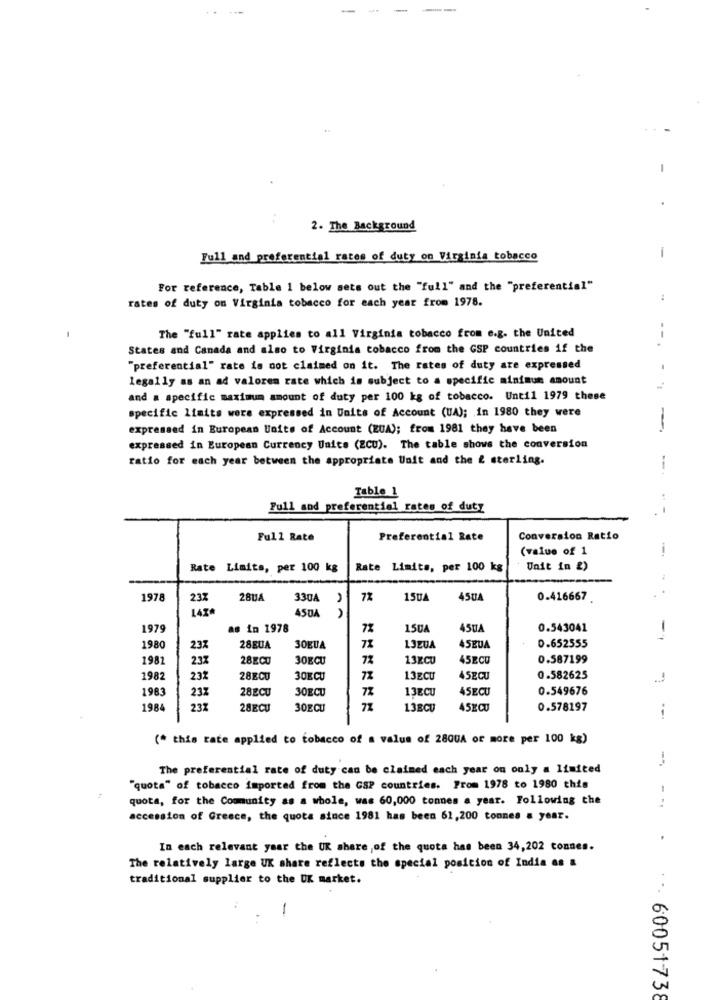
-
-
--
-
2. The Background
1
Full and preferential rates of duty on Virginia tobacco
For reference, Table 1 below sets out the "full" and the "preferential"
rates of duty on Virginia tobacco for each year from 1978.
The "full" rate applies to all Virginia tobacco from e.g. the United
States and Canada and also to Virginia tobacco from the GSP countries if the
--.
"preferential" rate is not claimed on it. The rates of duty are expressed
legally as an ad valorem rate which is subject to a specific minimum amount
and a specific maximum amount of duty per 100 kg of tobacco. Until 1979 these
specific limits were expressed in Units of Account (UA); in 1980 they were
expressed in European Units of Account (EUA); from 1981 they have been
-
expressed in European Currency Units (ECU). The table shows the conversion
ratio for each year between the appropriate Wait and the & sterling.
--.
Table 1
Pull and preferential rates of duty
Full Rate
Preferential Rate
Conversion Ratio
(value of 1
Rate Limits, per 100 kg
Rate Limits, per 100 kg
Unit in &)
1978
23%
28UA
330A
7%
15UA
450A
0.416667
143
450A
1979
as in 1978
7%
150A
45UA
0.543041
198
237
28BUA
30BUA
13ZUA
45EUA
0.652555
198
23%
28ECU
30ECU
7%
13xCU
45ECO
0.587199
1982
232
28ECU
30KCU
72
13ECU
45ECU
0.582625
1983
231
28ECU
30ECU
7%
13ECU
45ECU
0.549676
1984
23Z
28ECU
30ECU
L3BCU
45ECU
0.578197
(* this rate applied to tobacco of a value of 28QUA or more per 100 kg)
The preferential rate of duty can be claimed each year on only a limited
"quota" of tobacco imported from the CSP countries. From 1978 to 1980 this
quota, for the Community as a whole, was 60,000 tonnes a year. Following the
accession of Greece, the quota since 1981 has been 61,200 tonnes a year.
In each relevant yaar the UK share ,of the quota has been 34,202 tonnes.
The relatively large UK share reflects the special position of India as &
traditional supplier to the UK market.
.. 60051738